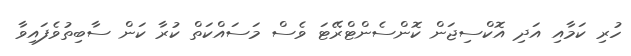
ހުރި ކަމާއި އަދި އޮކްސިޖަން ކޮންސެންޓްރޭޓަ ވެސް މަސައްކަތް ކުރާ ކަން ސާބިތުވެފައިވާ